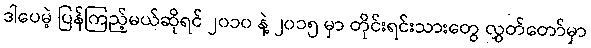
ဒါပေမဲ့ ပြန်ကြည့်မယ်ဆိုရင် ၂၀၁၀ နဲ့ ၂၀၁၅ မှာ တိုင်းရင်းသားတွေ လွှတ်တော်မှာ